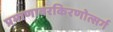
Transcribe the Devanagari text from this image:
प्रमाणावरकिरणोत्सर्ग